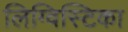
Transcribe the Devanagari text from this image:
लिग्विस्टिका